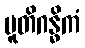
ပူတိဂန္ဓိကံ